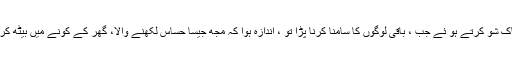
یہ کام پرسکون ہے ، ہاں ٹاک شو کرتے ہو ئے جب ، باقی لوگوں کا سامنا کرنا پڑا تو ، اندازہ ہوا کہ مجھ جیسا حساس لکھنے والا، گھر کے کونے میں بیٹھ کر ، تو اپنا کام کر سکتا ہے ۔